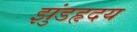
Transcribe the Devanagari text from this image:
झुंडहृदय